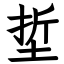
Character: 埑